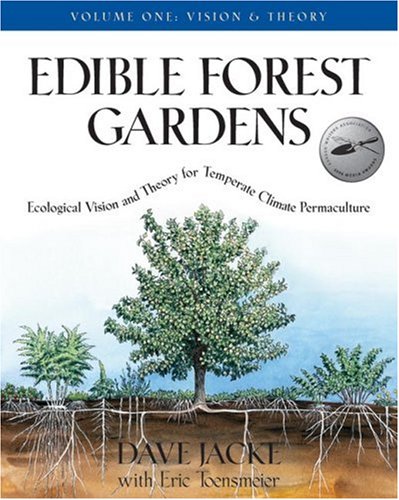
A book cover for Edible Forest Gardens, Volume I: Ecological Vision, Theory for Temperate Climate Permaculture; Dave Jacke; Crafts, Hobbies & Home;